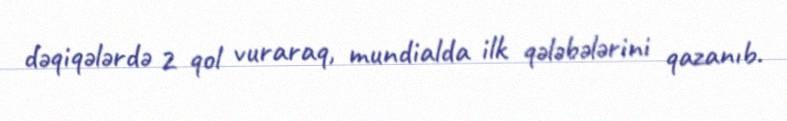
dəqiqələrdə 2 qol vuraraq, mundialda ilk qələbələrini qazanıb.